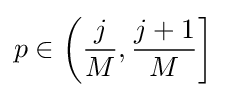
p\in \left({\frac {j}{M}},{\frac {j+1}{M}}\right]